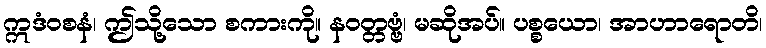
ဣဒံဝစနံ၊ ဤသို့သော စကားကို။ နဝတ္တဗ္ဗံ၊ မဆိုအပ်။ ပစ္စယော၊ အာဟာရောတိ၊